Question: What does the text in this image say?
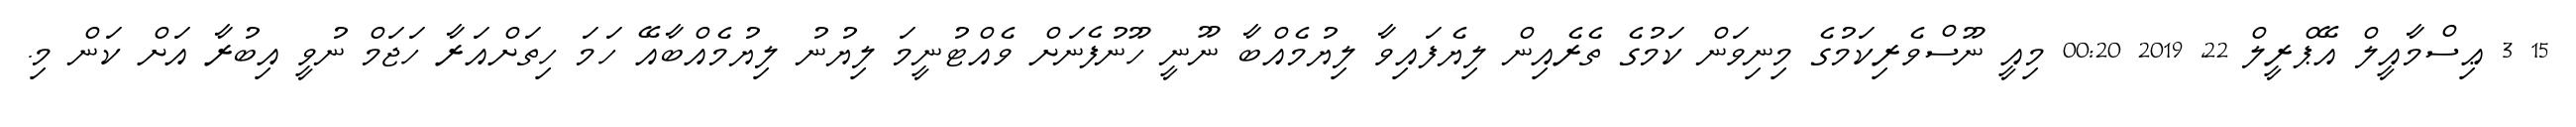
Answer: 15 3 ޢިސްމާއީލް އޭޕްރީލް 22, 2019 00:20 މިއީ ނޫސްވެރިކަމުގެ މިނިވަން ކަމުގެ ތެރެއިން ލިޔެފައިވާ ލިޔުމެއްބާ ނޫނީ ހޫނުފެނަށް ވެއްޓުނީމަ ލިޔުނު ލިޔުމެއްބާއޭ ހަމަ ހިތަށްއަރާ ހަޖަމް ނުވީ އިބުރާ އަށް ކަން މި.